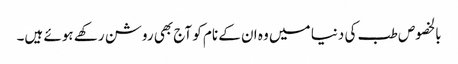
بالخصوص طب کی دنیا میں وہ ان کے نام کو آج بھی روشن رکھے ہوئے ہیں۔